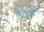
જીડીએમ